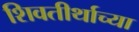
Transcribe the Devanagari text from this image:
शिवतीर्थाच्या